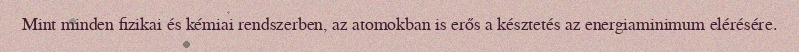
Mint minden fizikai és kémiai rendszerben, az atomokban is erős a késztetés az energiaminimum elérésére.